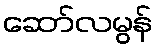
ဆော်လမွန်